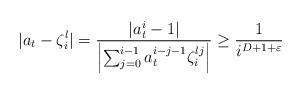
LaTeX: \begin{align*} \lvert a_t - \zeta_i^l \vert = \frac{\lvert a_t^i - 1 \rvert}{\left\lvert \sum_{j = 0}^{i-1} a_t^{i-j-1} \zeta_i^{lj} \right\rvert} \ge \frac{1}{i^{D+1 + \varepsilon}}\end{align*}